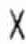
X